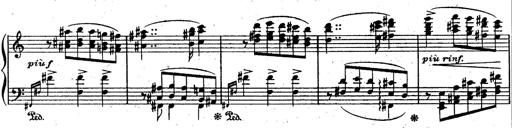
Title: God Save the Queen
Composer: Charles LÃ©on Hess
Key: A major